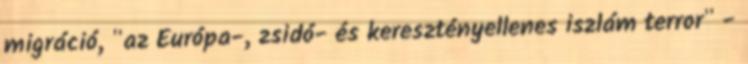
migráció, "az Európa-, zsidó- és keresztényellenes iszlám terror" -